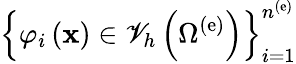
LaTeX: \left\{ \varphi_{i}\left({\mathbf x}\right)\in{\mathscr V}_{h}\left(\Omega^{\left(\mathrm{e}\right)}\right)\right\} _{i=1}^{n^{\left(\mathrm{e}\right)}}